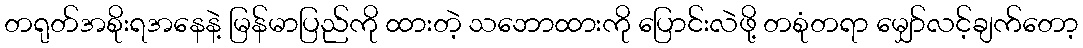
တရုတ်အစိုးရအနေနဲ့ မြန်မာပြည်ကို ထားတဲ့ သဘောထားကို ပြောင်းလဲဖို့ တစုံတရာ မျှော်လင့်ချက်တော့